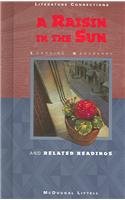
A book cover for A Raisin In The Sun: And Related Readings; Lorraine Hansberry; Literature & Fiction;